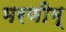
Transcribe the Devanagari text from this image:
भरणीम्